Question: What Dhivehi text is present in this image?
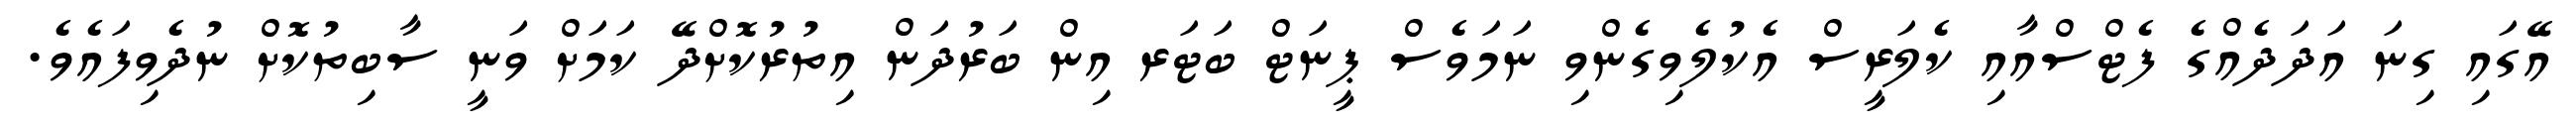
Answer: އޭގައި ގިނަ އަދަދެއްގެ ފެޓްސްއާއި ކެލަރީސް އެކުލެވިގެންވި ނަމަވެސް ޕީނަޓް ބަޓަރ އިން ބަރުދަން އިތުރުކޮށްދޭ ކަމަށް ވަނީ ސާބިތުކޮށް ނުދެވިފައެވެ.